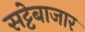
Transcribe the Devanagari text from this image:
सट्टेबाजार